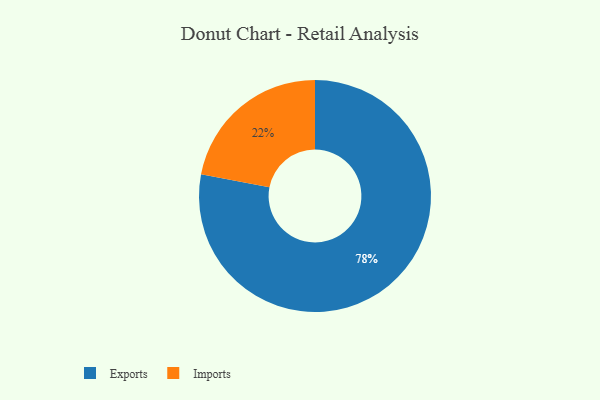
{"axis": {"x": "Category", "y": "Percentage"}, "legend": ["Exports", "Imports"], "data": [{"x": "Exports", "y": 78, "type": "Exports"}, {"x": "Imports", "y": 22, "type": "Imports"}]}